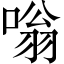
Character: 嗡